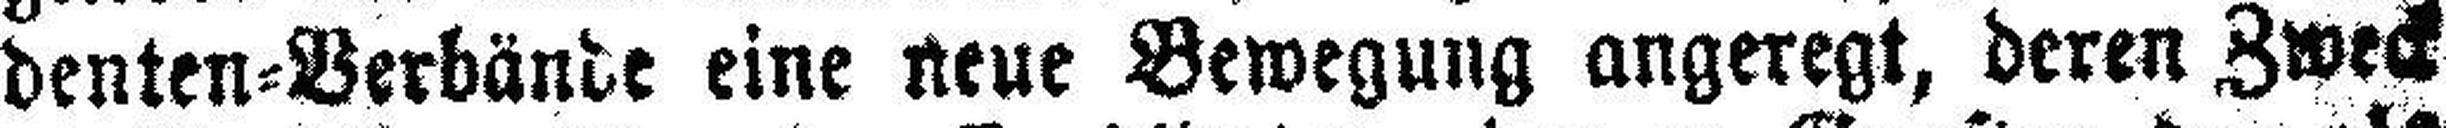
denten=Verbände eine Neue Bewegung angeregt, deren Zweck